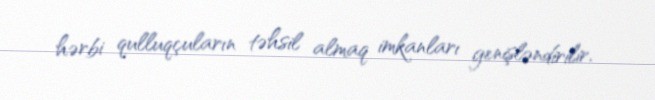
hərbi qulluqçuların təhsil almaq imkanları genişləndirilir.